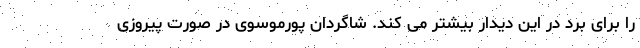
را برای برد در این دیدار بیشتر می کند. شاگردان پورموسوی در صورت پیروزی